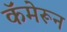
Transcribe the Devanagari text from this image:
कॅमेरून